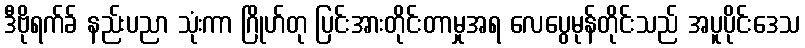
ဒီဗိုရက်ခ် နည်းပညာ သုံးကာ ဂြိုဟ်တု ပြင်းအားတိုင်းတာမှုအရ လေပွေမုန်တိုင်းသည် အပူပိုင်းဒေသ